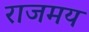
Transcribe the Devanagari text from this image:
राजमय